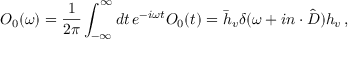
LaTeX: O _ { 0 } ( \omega ) = { \frac { 1 } { 2 \pi } } \int _ { - \infty } ^ { \infty } d t \, e ^ { - i \omega t } O _ { 0 } ( t ) = \bar { h } _ { v } \delta ( \omega + i n \cdot \hat { D } ) h _ { v } \, ,